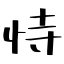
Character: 恃